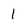
Character: 1